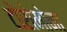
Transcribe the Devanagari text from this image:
टोरोमोना